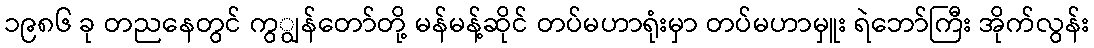
၁၉၈၆ ခု တညနေတွင် ကွျွန်တော်တို့ မန်မန့်ဆိုင် တပ်မဟာရုံးမှာ တပ်မဟာမှူး ရဲဘော်ကြီး အိုက်လွန်း